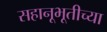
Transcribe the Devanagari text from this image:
सहानूभूतीच्या